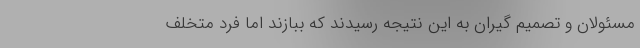
مسئولان و تصمیم گیران به این نتیجه رسیدند که ببازند اما فرد متخلف